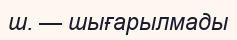
ш. — шығарылмады